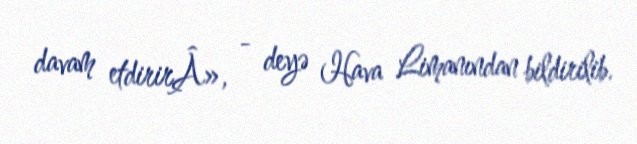
davam etdirirÂ», - deyə Hava Limanından bildirilib.